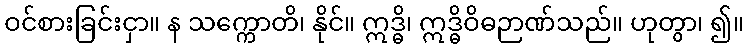
ဝင်စားခြင်းငှာ။ န သက္ကောတိ၊ နိုင်။ ဣဒ္ဓိ၊ ဣဒ္ဓိဝိဓဉာဏ်သည်။ ဟုတွာ၊ ၍။